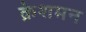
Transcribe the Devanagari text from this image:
क्रेशमन